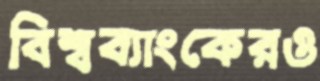
বিশ্বব্যাংকেরও